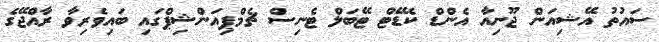
ސައުތު އޭޝިއަން ޖޫނިއާ އެންޑް ކެޑޭޓް ޓޭބަލް ޓެނިސް ޗެމްޕިއަންޝިޕްގައި ބައިވެރިވާ ރާއްޖޭގެ